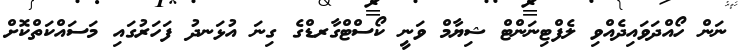
ނަން ހޯއްދަވައިދެއްވި ލެފްޓިނަންޓް ޝިޔާމް ވަނީ ކޯސްޓްގާރޑްގެ ގިނަ އުޅަނދު ފަހަރުގައި މަސައްކަތްކޮށް